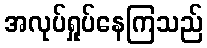
အလုပ်ရှုပ်နေကြသည်